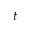
t